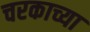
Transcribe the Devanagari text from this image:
चरकाच्या